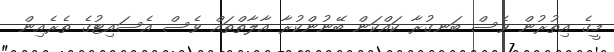
މީގެ އިތުރުން ވެސް ބަނގުރާ ކައްކަން ބޭނުންކުރާ އާލާތްތައް ވެސް އެސައިޓުގެ ތެރެއިން